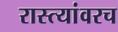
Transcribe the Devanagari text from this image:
रास्त्यांवरच